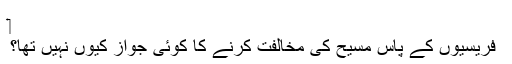
‏
فریسیوں کے پاس مسیح کی مخالفت کرنے کا کوئی جواز کیوں نہیں تھا؟